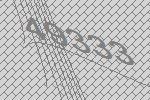
49333